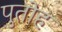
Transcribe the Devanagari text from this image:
पुतोह